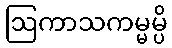
ဩကာသကမ္မမ္ပိ